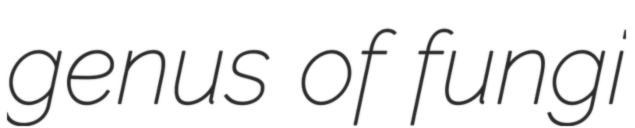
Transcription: genus of fungi